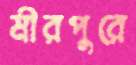
মীরপুরে